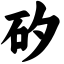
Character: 矽